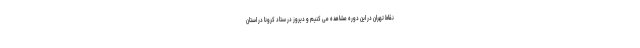
نقاط تهران در این دوره مشاهده می کنیم و دیروز در ستاد کرونا در استان